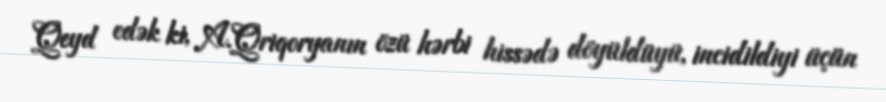
Qeyd edək ki, A.Qriqoryanın özü hərbi hissədə döyüldüyü, incidildiyi üçün